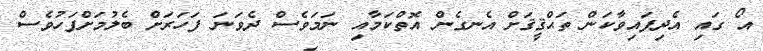
އޯ ގައި އެދިފައިވާކަން ތަޙްޤީޤަށް އެނގެން އޮތްކަމާއި ނަމަވެސް ދެވަނަ ފަހަރަށް ބެލުމަށްފަހުވެސް